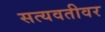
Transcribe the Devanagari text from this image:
सत्यवतीवर